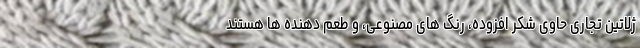
ژلاتین تجاری حاوی شکر افزوده، رنگ های مصنوعی، و طعم دهنده ها هستند